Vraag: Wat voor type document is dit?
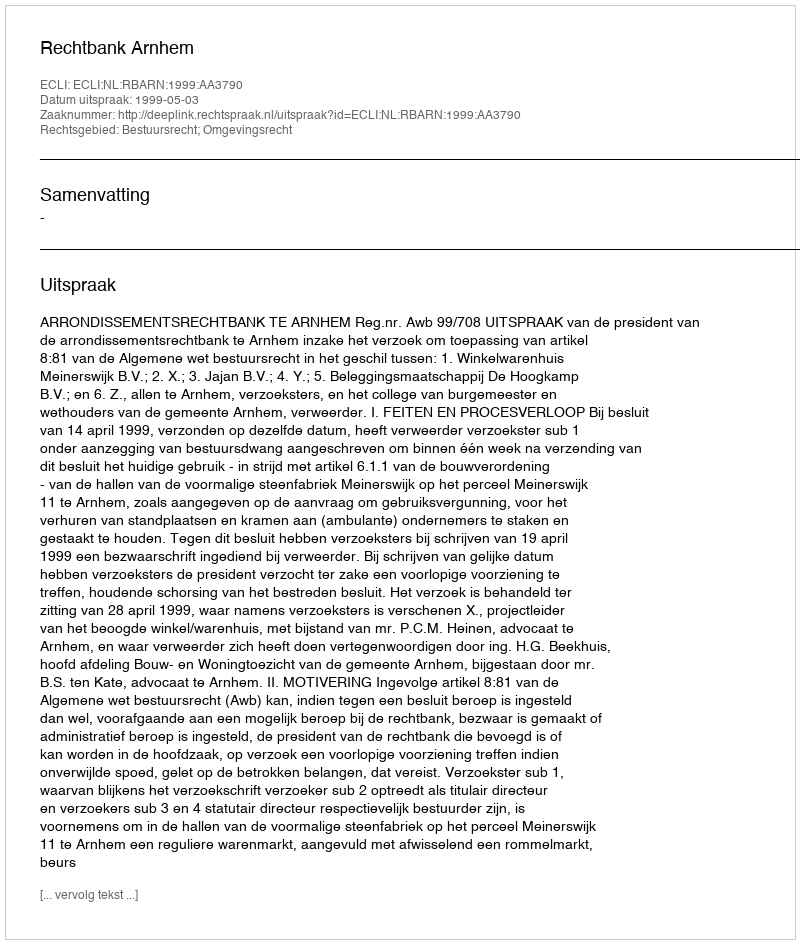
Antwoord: Uitspraak